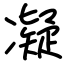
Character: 凝